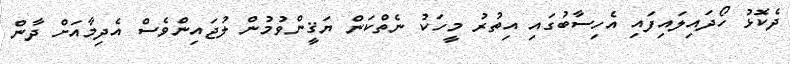
ދެކޮޅު ހޯދައިލައިފައި އެހިސާބުގައި އިތުރު މީހަކު ނެތްކަން ޔަޤީންވުމުން ލުޖައިންވެސް އެދިމާއަށް ދާން